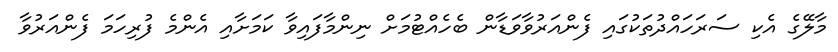
މާލޭގެ އެކި ސަރަހައްދުތަކުގައި ފެންއަރުވާވަޑާން ބެހެއްޓުމަށް ނިންމާފައިވާ ކަމަށާއި އެންމެ ފުރިހަމަ ފެންއަރުވާ